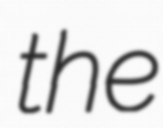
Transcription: the